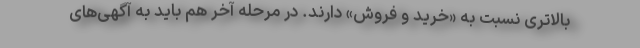
بالاتری نسبت به «خرید و فروش» دارند. در مرحله آخر هم باید به آگهی‌های